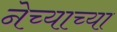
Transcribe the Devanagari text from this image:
नेच्याच्या